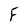
Character: F